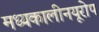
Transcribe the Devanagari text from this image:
मध्यकालीनयूरोप